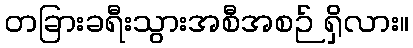
တခြားခရီးသွားအစီအစဉ် ရှိလား။